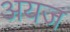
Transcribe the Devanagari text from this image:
अयज